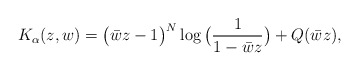
\begin{align*}K_{\alpha}(z,w)=\big(\bar{w}z-1\big)^{N}\log\big(\dfrac{1}{1-\bar{w}z}\big)+Q(\bar{w}z),\end{align*}